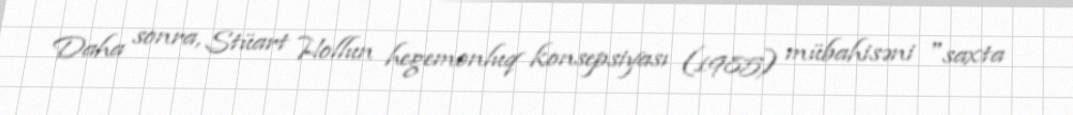
Daha sonra, Stüart Hollun hegemonluq konsepsiyası (1985) mübahisəni "saxta